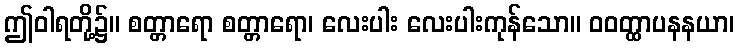
ဤဝါရတို့၌။ စတ္တာရော စတ္တာရော၊ လေးပါး လေးပါးကုန်သော။ ဝဝတ္ထာပနနယာ၊